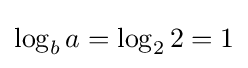
\log _{b}a=\log _{2}2=1